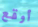
أوقع